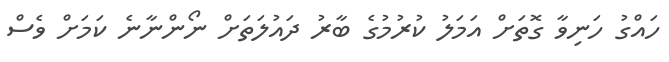
ހައްގު ހަނިވާ ގޮތަށް އަމަލު ކުރުމުގެ ބާރު ދައުލަތަށް ނޯންނާނެ ކަމަށް ވެސް